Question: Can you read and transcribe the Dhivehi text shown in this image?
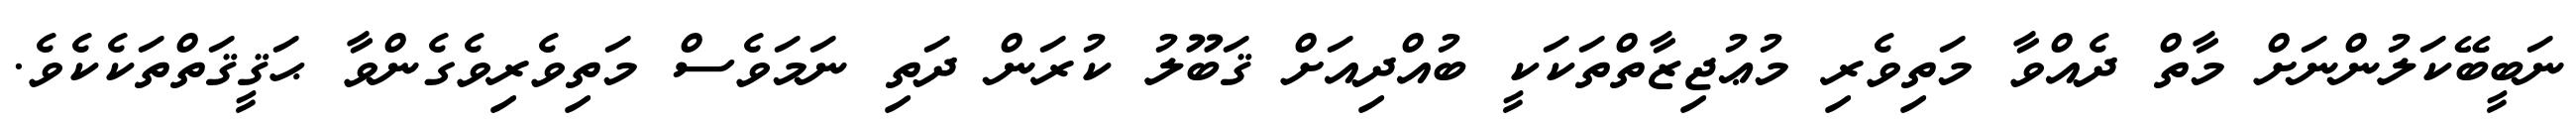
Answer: ނަބީބޭކަލުންނަށް މާތް ދެއްވާ މަތިވެރި މުޢުޖިޒާތްތަކަކީ ބުއްދިއަށް ޤަބޫލު ކުރަން ދަތި ނަމަވެސް މަތިވެރިވެގެންވާ ޙަޤީޤަތްތަކެކެވެ.